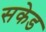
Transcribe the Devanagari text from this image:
सकेड